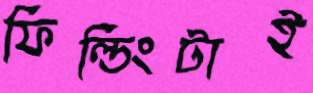
ফিল্ডিংটাই